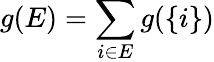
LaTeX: g(E)=\sum_{i\in E}g(\{ i\} )